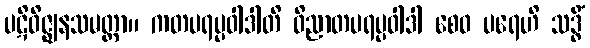
ပဋိဝိဇ္ဈနသမတ္ထာ။ ကတပရပ္ပဝါဒါတိ ဝိညာတပရပ္ပဝါဒါ စေဝ ပရေဟိ သဒ္ဓိံ